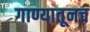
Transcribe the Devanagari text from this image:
गाण्यातूनच